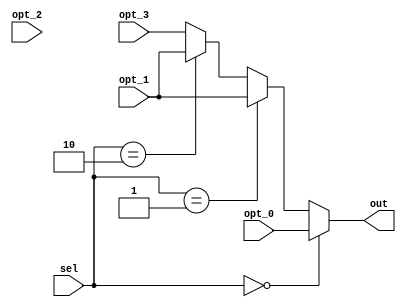
module Mux4To1(
    opt_0, opt_1, opt_2, opt_3, sel,
    out
);
    parameter INPUT_SIZE = 32;

    input [1:0] sel;
    input [INPUT_SIZE - 1:0] opt_0;
    input [INPUT_SIZE - 1:0] opt_1;
    input [INPUT_SIZE - 1:0] opt_2;
    input [INPUT_SIZE - 1:0] opt_3;

    output [INPUT_SIZE - 1:0] out;

    assign out = (sel == 2'b00) ? opt_0 :
                 (sel == 2'b01) ? opt_1 :
                 (sel == 2'b10) ? opt_1 :
                 opt_3;

endmodule